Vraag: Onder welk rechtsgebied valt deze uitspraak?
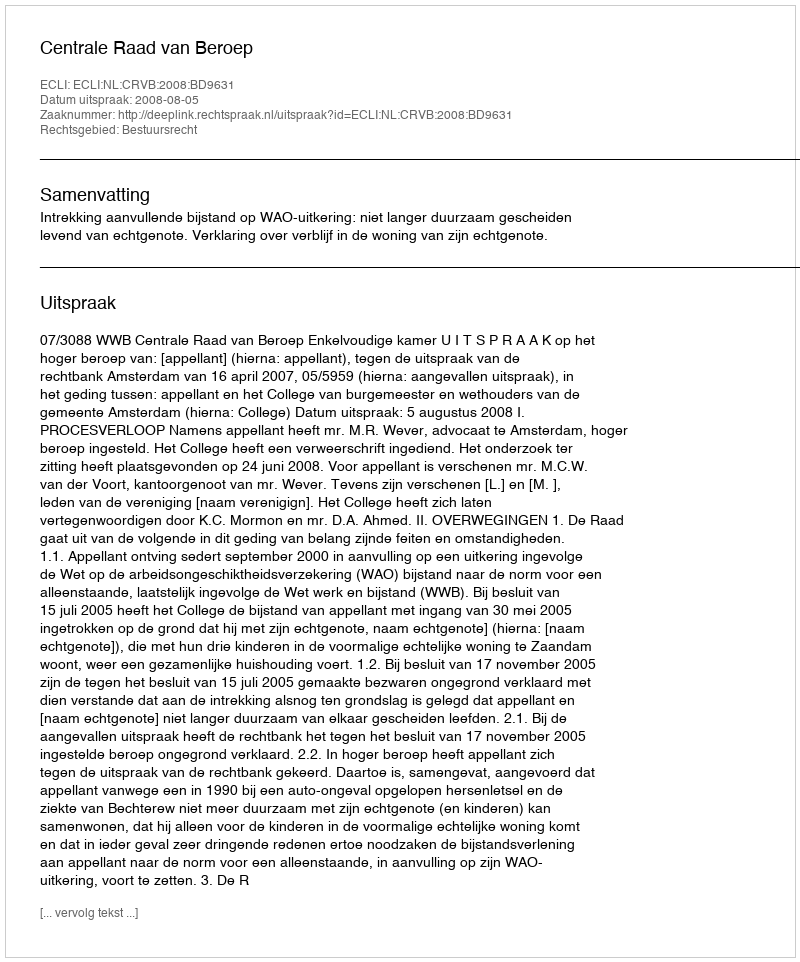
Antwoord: Bestuursrecht